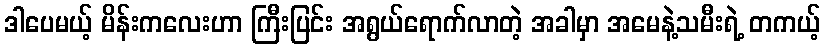
ဒါပေမယ့် မိန်းကလေးဟာ ကြီးပြင်း အရွယ်ရောက်လာတဲ့ အခါမှာ အမေနဲ့သမီးရဲ့ တကယ့်